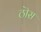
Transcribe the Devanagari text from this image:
ठॊस